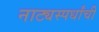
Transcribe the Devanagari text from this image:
नाट्यस्पर्धांची